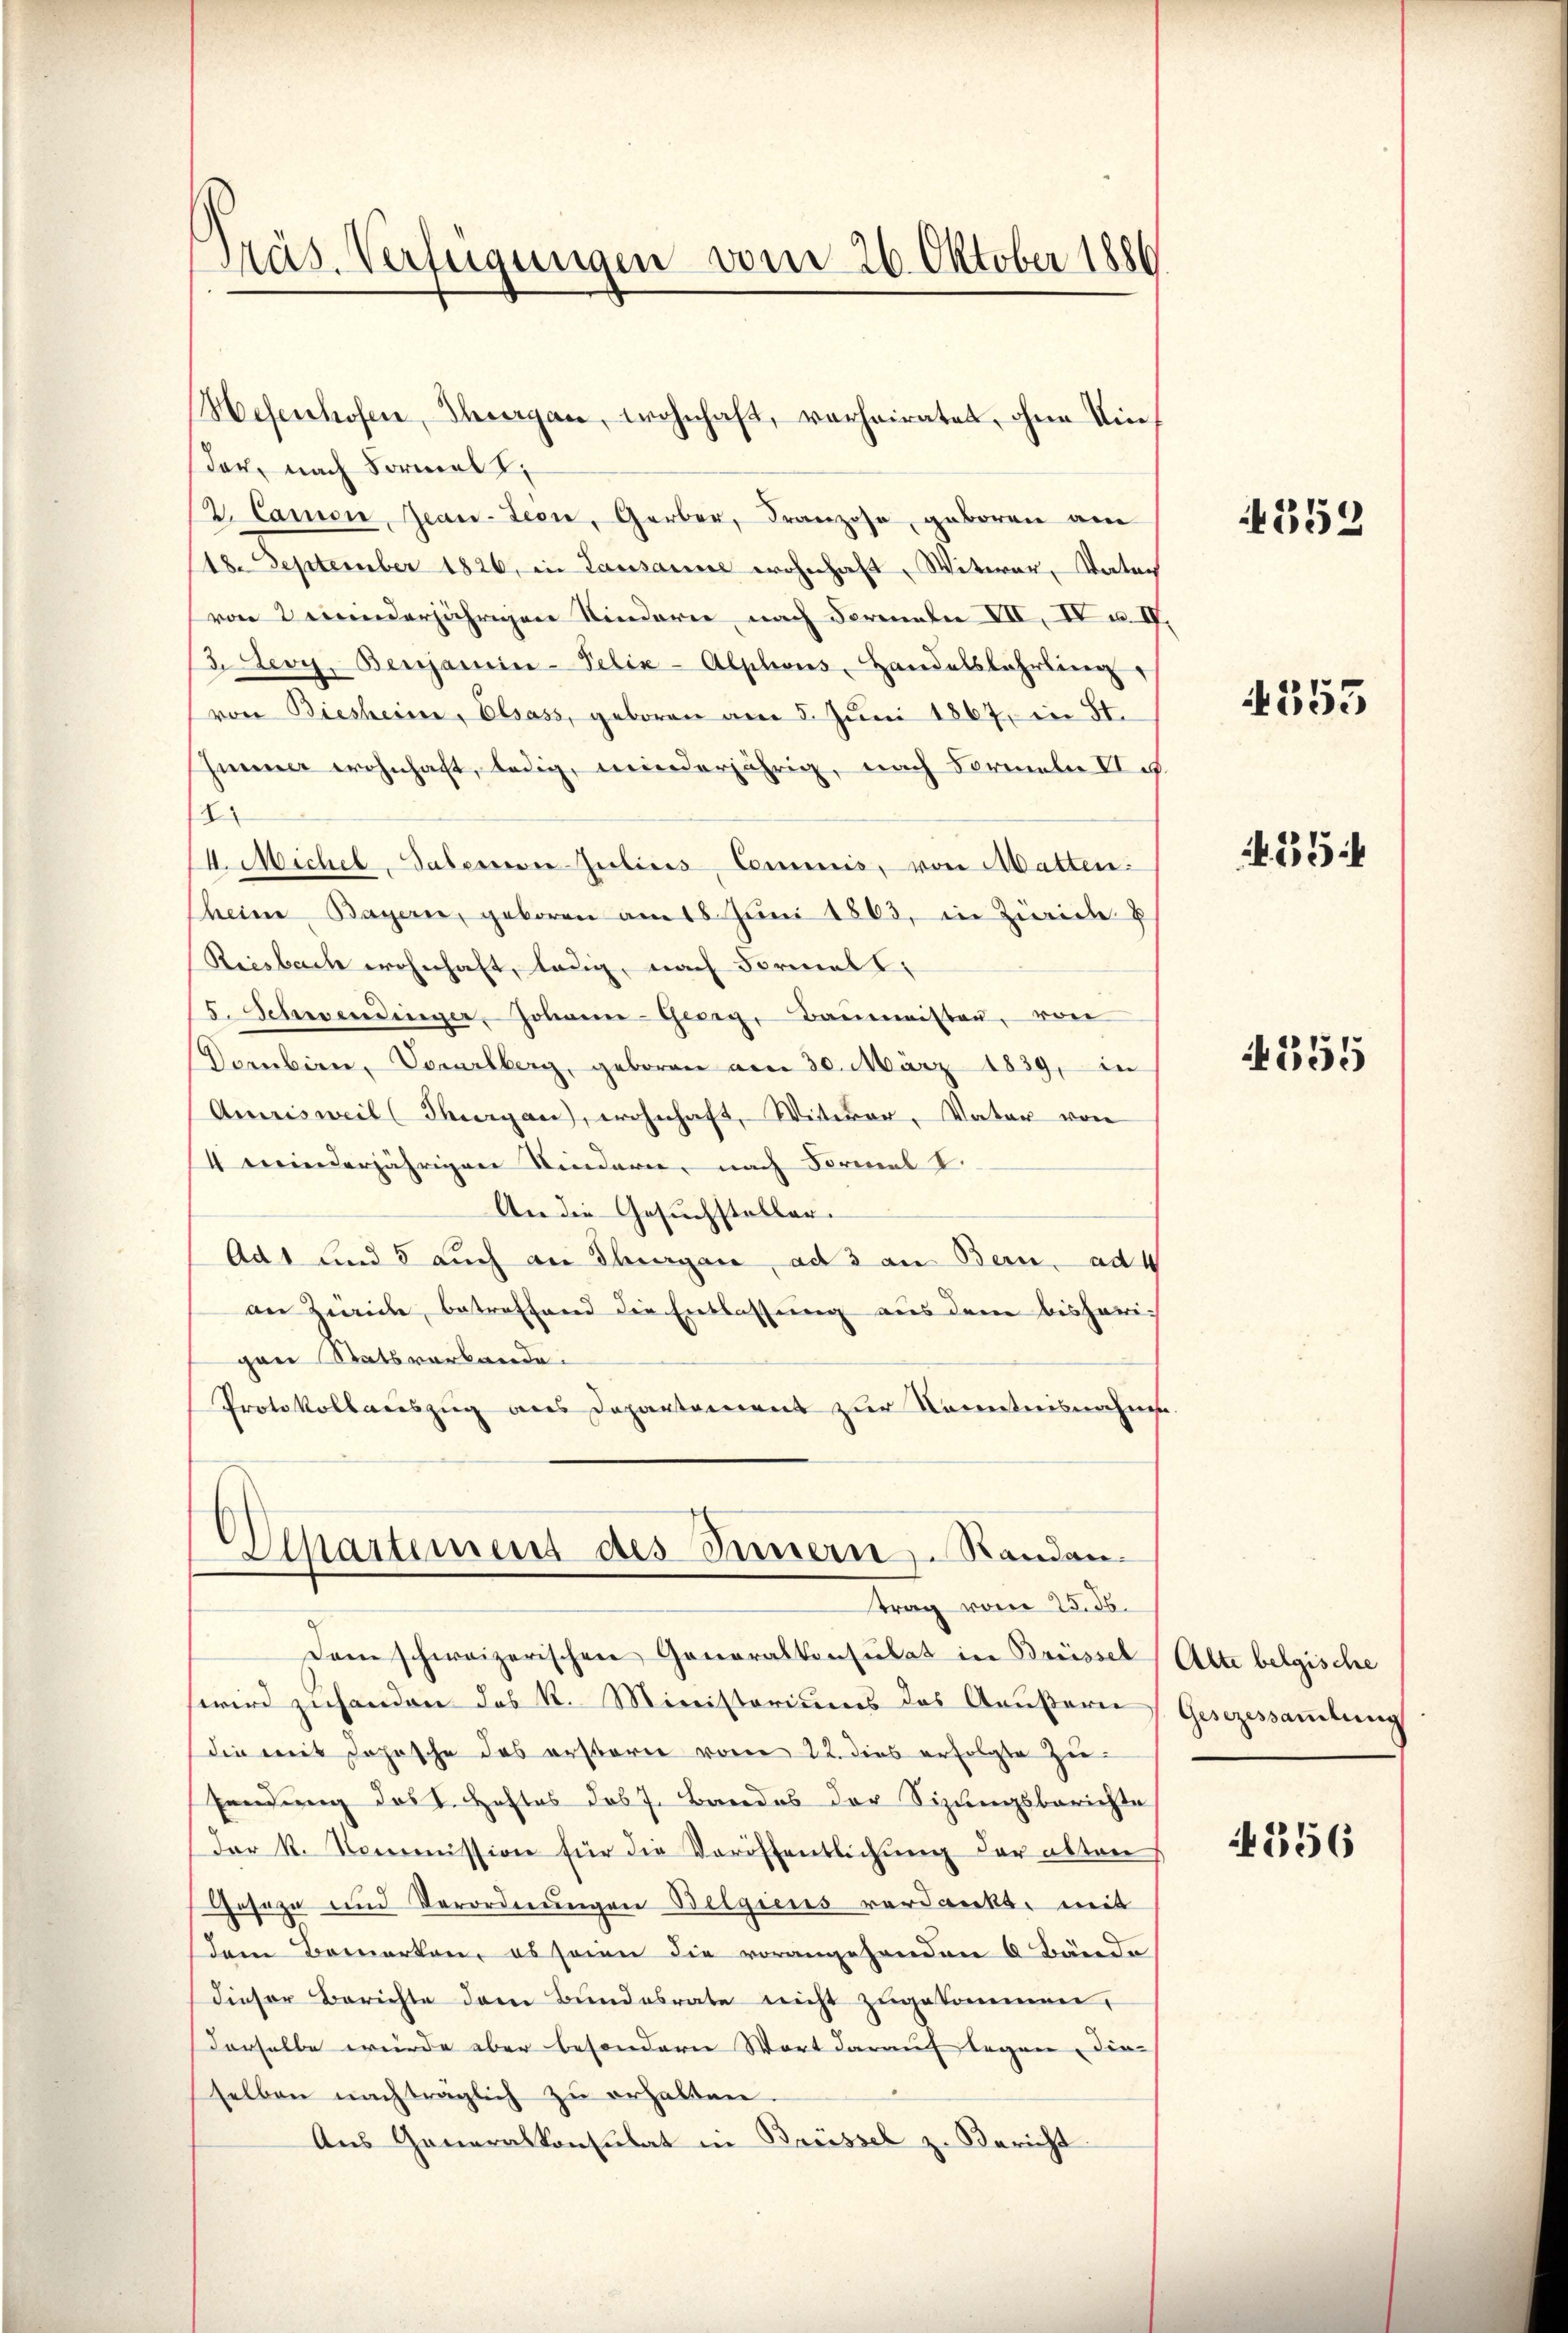
Präs. Verfügungen vom 26. Oktober 1886

der, nach Formal
2. Canon, Jean-Teon, Gerber, Franzose, geboren am
18. September 1826, in Lausanne wohnhaft, Witwer, Vater
von 2 winderjährigen Kindern nach Formeln VII. I u. IV.
3. Levy. Benjamin-Felix-Alphons, Handelslehrling
von Biesheim, Elsass, geboren am 5. Juni 1867, in St.
himmer wohnhaft, ledig, minderjährig, nach Formeln V.
2
II. Michel, aberen Julius Commis, von Matten:
heime Bayern, geboren am 18. Juni 1863, in Zürich E
Riesbach wohnhaft, ledig, nach Formall
5. Schwendinger. Johann Georg, Baumeisten, von
Dornbirn, Vorarlberg, geboren am 30. März 1839, in
Amrisweil Tiergan, wohnhaft, Witwer, Vater von
4 Feinderjährigen Kindern, nach Formel I.
An die Gesuchsteller.
Ad 1 und 5 auch an Thurgau, ad 3 an Bern. ad
an Zürich, betreffend die Entlassung aus dem bisherigen Statsverbande.
Protokollauszug aus Departement zur Kenntnisnahme
Separtement des Innern Randantrag vom 25. 55.
Dem schweizerischen Generalkonsulat in Brüssel
wird zuhanden das k. Ministoriums das Aeußern (Gesezessammlung
die mit Johösche das erstern vom 22. dies erfolgte Zu¬
Eendung des C. Heftes dos 7. Bandes der Sizungsberichte
Der R. Kommission für die Veröffentlichung der alten
Geseze und Verordnungen Belgiens verdankt, mit
dem Bemerken, es seien die vorangehenden 6 Bände
dieser Berichte dem Bundesrate nicht zugekommen,
Derselbe wurde aber besondern Wort darauf legen die
selben nachträglich zŭ erhalten.
Aus Generalkonsulat in Brüssel z. Bericht

Hesenhofen, Thurgau, wohnhaft, verheiratet, ohne ein¬

4352

4353

25

355

Alte belgische

1256